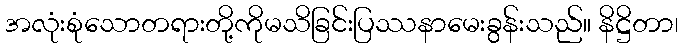
အလုံးစုံသောတရားတို့ကိုမသိခြင်းပြဿနာမေးခွန်းသည်။ နိဋ္ဌိတာ၊